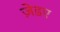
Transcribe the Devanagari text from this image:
ज़ेडए